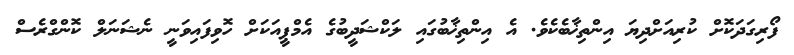
ފޯރިގަދަކޮށް ކުރިއަށްދިޔަ އިންތިޚާބެކެވެ. އެ އިންތިޚާބުގައި ލަކްޝަދީބުގެ އެމްޕީއަކަށް ހޮވިފައިވަނީ ނެޝަނަލް ކޮންގްރެސް